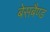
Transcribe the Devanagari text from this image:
बेसबैण्ड